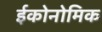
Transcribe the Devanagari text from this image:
ईकोनोमिक